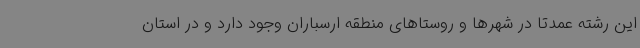
این رشته عمدتا در شهرها و روستاهای منطقه ارسباران وجود دارد و در استان